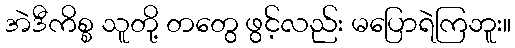
အဲဒီကိစ္စ သူတို့ တတွေ ဖွင့်လည်း မပြောရဲကြဘူး။